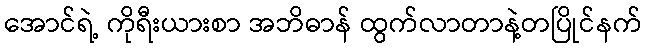
အောင်ရဲ့ ကိုရီးယားစာ အဘိဓာန် ထွက်လာတာနဲ့တပြိုင်နက်